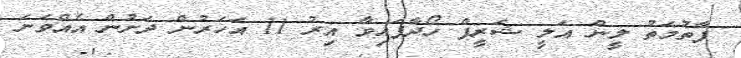
ފާތުމަތު ލީން އަލީ ޝަރީފް ހޯދާފައިވާ އިރު 11 އަހަރުން ދަށުން އެއްވަނަ